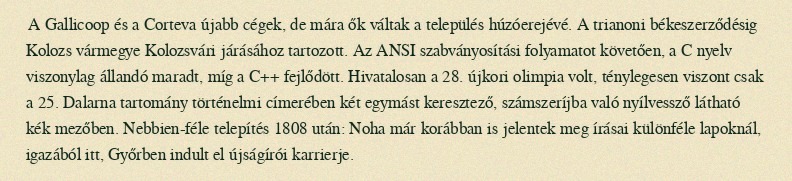
A Gallicoop és a Corteva újabb cégek, de mára ők váltak a település húzóerejévé. A trianoni békeszerződésig Kolozs vármegye Kolozsvári járásához tartozott. Az ANSI szabványosítási folyamatot követően, a C nyelv viszonylag állandó maradt, míg a C++ fejlődött. Hivatalosan a 28. újkori olimpia volt, ténylegesen viszont csak a 25. Dalarna tartomány történelmi címerében két egymást keresztező, számszeríjba való nyílvessző látható kék mezőben. Nebbien-féle telepítés 1808 után: Noha már korábban is jelentek meg írásai különféle lapoknál, igazából itt, Győrben indult el újságírói karrierje.